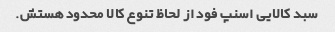
سبد کالایی اسنپ فود از لحاظ تنوع کالا محدود هستش.